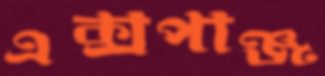
এক্সপাঞ্জ